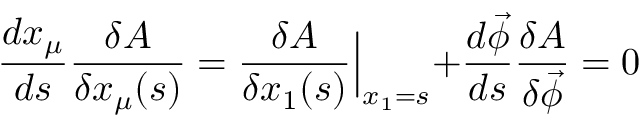
\frac { d x _ { \mu } } { d s } \frac { \delta A } { \delta x _ { \mu } ( s ) } = \frac { \delta A } { \delta x _ { 1 } ( s ) } \Bigl | _ { x _ { 1 } = s } + \frac { d \vec { \phi } } { d s } \frac { \delta A } { \delta \vec { \phi } } = 0